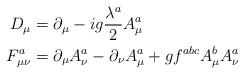
LaTeX: \begin{align*}D_\mu &= \partial_\mu - ig \frac{\lambda^a}{2} A^a_\mu \\F^a_{\mu\nu} &= \partial_\mu A^a_\nu - \partial_\nu A^a_\mu + g f^{abc} A^b_\mu A^a_\nu \end{align*}